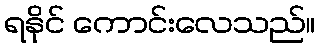
ရနိုင် ကောင်းလေသည်။